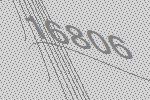
16806